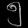
Digit: ၅